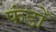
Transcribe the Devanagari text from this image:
फंडोँ